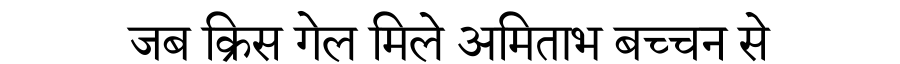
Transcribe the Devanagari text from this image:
जब क्रिस गेल मिले अमिताभ बच्चन से